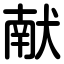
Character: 献